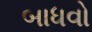
બાધવો